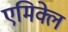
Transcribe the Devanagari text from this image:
एमिक्ले